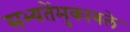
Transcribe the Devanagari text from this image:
सभ्यतेंमुकाबले